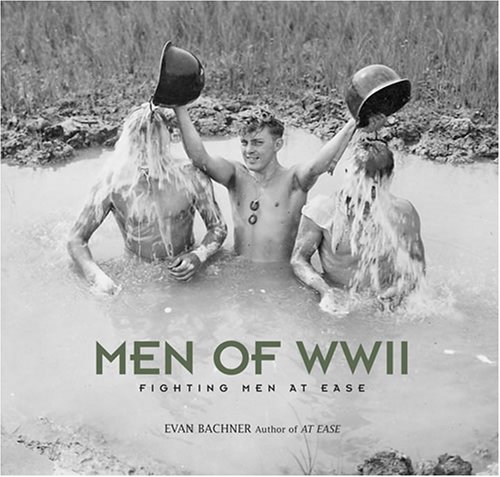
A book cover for Men of World War II: Fighting Men at Ease; Evan Bachner; Gay & Lesbian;